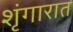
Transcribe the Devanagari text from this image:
शृंगारात